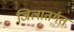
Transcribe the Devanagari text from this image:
जिलातर्गत